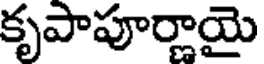
కృపాపూర్ణాయై